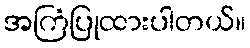
အကြံပြုထားပါတယ်။